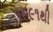
૧૯૯૧થી